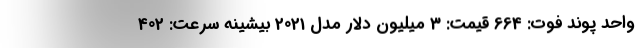
واحد پوند فوت: 664 قیمت: 3 میلیون دلار مدل 2021 بیشینه سرعت: 402